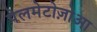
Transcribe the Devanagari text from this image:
पेलमेटोज़ोआ